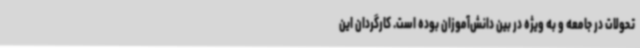
تحولات در جامعه و به ویژه در بین دانش‌آموزان بوده است. کارگردان این